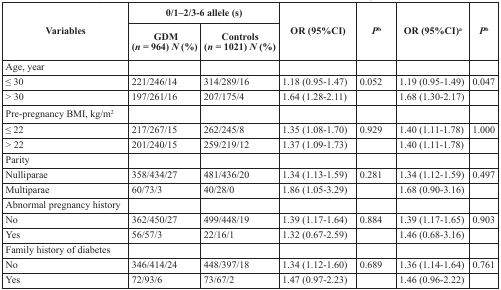
| <ROWSPAN=2> Variables | <COLSPAN=2> 0/1–2/3-6 allele (s) | <ROWSPAN=2> OR (95%CI) | <ROWSPAN=2> Pb | <ROWSPAN=2> OR (95%CI)a | <ROWSPAN=2> Pb |
 | GDM (n = 964) N (%) | Controls (n = 1021) N (%) |
 | --- | --- | --- | --- | --- | --- | --- |
 | Age, year |  |  |  |  |  |  |
 | ≤ 30 | 221/246/14 | 314/289/16 | 1.18 (0.95-1.47) | 0.052 | 1.19 (0.95-1.49) | 0.047 |
 | > 30 | 197/261/16 | 207/175/4 | 1.64 (1.28-2.11) |  | 1.68 (1.30-2.17) |  |
 | Pre-pregnancy BMI, kg/m2 |  |  |  |  |  |  |
 | ≤ 22 | 217/267/15 | 262/245/8 | 1.35 (1.08-1.70) | 0.929 | 1.40 (1.11-1.78) | 1.000 |
 | > 22 | 201/240/15 | 259/219/12 | 1.37 (1.09-1.73) |  | 1.40 (1.11-1.78) |  |
 | Parity |  |  |  |  |  |  |
 | Nulliparae | 358/434/27 | 481/436/20 | 1.34 (1.13-1.59) | 0.281 | 1.34 (1.12-1.59) | 0.497 |
 | Multiparae | 60/73/3 | 40/28/0 | 1.86 (1.05-3.29) |  | 1.68 (0.90-3.16) |  |
 | Abnormal pregnancy history |  |  |  |  |  |  |
 | No | 362/450/27 | 499/448/19 | 1.39 (1.17-1.64) | 0.884 | 1.39 (1.17-1.65) | 0.903 |
 | Yes | 56/57/3 | 22/16/1 | 1.32 (0.67-2.59) |  | 1.46 (0.68-3.16) |  |
 | Family history of diabetes |  |  |  |  |  |  |
 | No | 346/414/24 | 448/397/18 | 1.34 (1.12-1.60) | 0.689 | 1.36 (1.14-1.64) | 0.761 |
 | Yes | 72/93/6 | 73/67/2 | 1.47 (0.97-2.23) |  | 1.46 (0.96-2.22) |  |